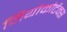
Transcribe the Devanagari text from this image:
नियोकोर्टेक्स